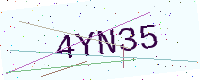
Text: 4YN35